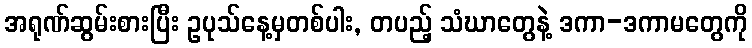
အရုဏ်ဆွမ်းစားပြီး ဥပုသ်နေ့မှတစ်ပါး, တပည့် သံဃာတွေနဲ့ ဒကာ-ဒကာမတွေကို